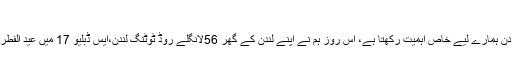
جلد 58شمارہ 27)
‘‘19؍اکتوبر1974ء کا دن ہمارے لیے خاص اہمیت رکھتا ہے، اس روز ہم نے اپنے لندن کے گھر 56لانگلے روڈ ٹوٹنگ لندن،ایس ڈبلیو 17 میں عید الفطر ملن پارٹی کا انتظام کیا۔